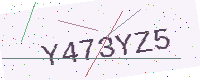
Text: Y473YZ5